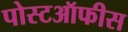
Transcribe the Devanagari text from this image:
पोस्टऑफीस